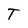
Character: T